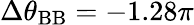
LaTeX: \Delta\theta_{\mathrm{BB}}=-1.28\pi